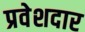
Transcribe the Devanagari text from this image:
प्रवेशदार